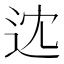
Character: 𨑻